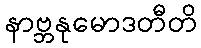
နာဗ္ဘနုမောဒတီတိ